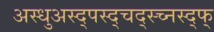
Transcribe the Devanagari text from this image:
अस्धुअस्द्पस्द्चद्स्च्नस्द्फ्